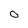
Character: O